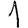
Digit: 1